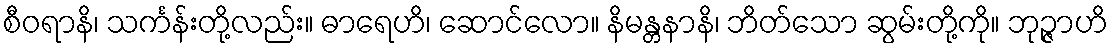
စီဝရာနိ၊ သင်္ကန်းတို့လည်း။ ဓာရေဟိ၊ ဆောင်လော။ နိမန္တနာနိ၊ ဘိတ်သော ဆွမ်းတို့ကို။ ဘုဉ္ဇာဟိ